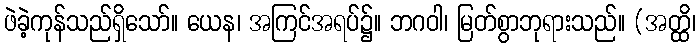
ဖဲခဲ့ကုန်သည်ရှိသော်။ ယေန၊ အကြင်အရပ်၌။ ဘဂဝါ၊ မြတ်စွာဘုရားသည်။ (အတ္ထိ၊